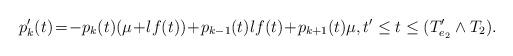
LaTeX: \begin{align*}p_k'(t)\!=\!-p_k(t)(\mu\!+\!\l f(t))\!+\! p_{k-1}(t)\l f(t)\!+\!p_{k+1}(t)\mu, t' \leq t \leq (T'_{e_2}\wedge T_2).\end{align*}